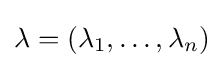
{\textstyle \lambda =\left(\lambda _{1},\ldots ,\lambda _{n}\right)}